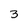
Character: 3